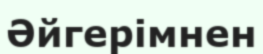
Әйгерімнен